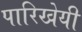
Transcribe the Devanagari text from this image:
पारिखेयी